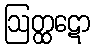
ဩတ္ထဋော